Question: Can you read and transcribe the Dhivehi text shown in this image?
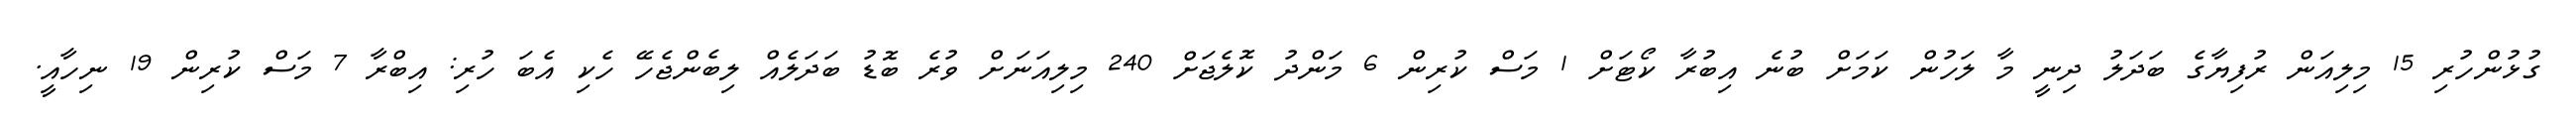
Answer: ގުޅުންހުރި 15 މިލިއަން ރުފިޔާގެ ބަދަލު ދިނީ މާ ލަހުން ކަމަށް ބުނެ އިބުރާ ކޯޓަށް 1 މަސް ކުރިން 6 މަންދު ކޮލެޖަށް 240 މިލިއަނަށް ވުރެ ބޮޑު ބަދަލެއް ލިބެންޖެހޭ ހެކި އެބަ ހުރި: އިބްރާ 7 މަސް ކުރިން 19 ނިހާއީ.